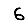
Digit: 6